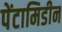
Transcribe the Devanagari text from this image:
पेंटामिडीन